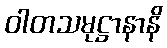
ဝါတသမုဋ္ဌာနာနိ